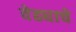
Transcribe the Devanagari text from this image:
वेढ्याचे